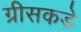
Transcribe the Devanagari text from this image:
ग्रीसकडे